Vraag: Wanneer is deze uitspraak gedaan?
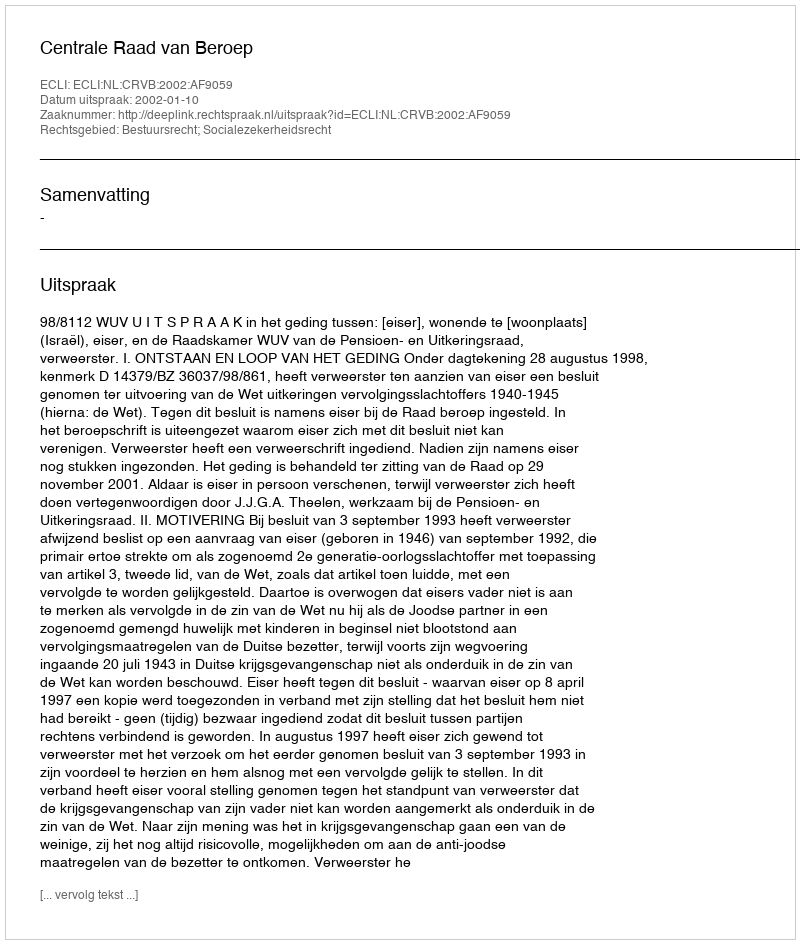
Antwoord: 2002-01-10